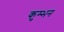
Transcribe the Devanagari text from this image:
कुम्भन